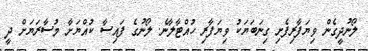
ލޯނުދީގެން ވިޔަފާރިފެށި ގިނަބަޔަކު ވިޔަފާރި ހުއްޓާލާނެ. ލޯނުގެ ފައިސާ ކުއްޔަށާ މުސާރަޔަށް ދީ